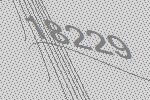
18229